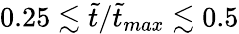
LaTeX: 0.25\lesssim\tilde{t}/\tilde{t}_{max}\lesssim 0.5